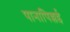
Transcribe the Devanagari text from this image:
पानापिल्लई